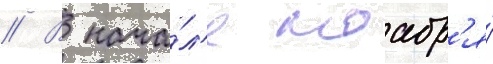
// В нача́л'е ноабр'я́